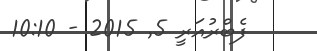
ފެބްރުއަރީ 5